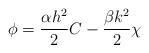
LaTeX: \begin{align*}\phi =\frac{\alpha h^{2}}{2}C -\frac{\beta k^{2}}{2}\chi\end{align*}